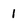
Character: 1